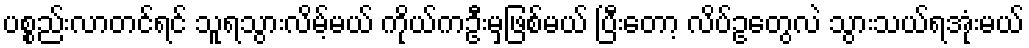
ပစ္စည်းလာတင်ရင် သူရသွားလိမ့်မယ် ကိုယ်ကဦးမှဖြစ်မယ် ပြီးတော့ လိပ်ဥတွေလဲ သွားသယ်ရအုံးမယ်